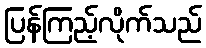
ပြန်ကြည့်လိုက်သည်